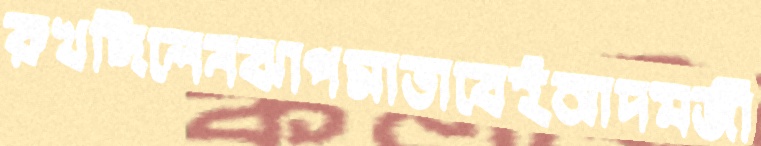
রুখছিলেনঝাপসাভাবেইআদমজী